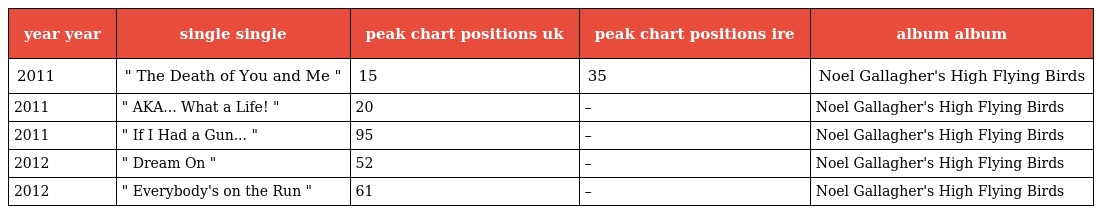
| year year | single single | peak chart positions uk | peak chart positions ire | album album |
 | --- | --- | --- | --- | --- |
 | 2011 | " The Death of You and Me " | 15 | 35 | Noel Gallagher's High Flying Birds |
 | 2011 | " AKA... What a Life! " | 20 | – | Noel Gallagher's High Flying Birds |
 | 2011 | " If I Had a Gun... " | 95 | – | Noel Gallagher's High Flying Birds |
 | 2012 | " Dream On " | 52 | – | Noel Gallagher's High Flying Birds |
 | 2012 | " Everybody's on the Run " | 61 | – | Noel Gallagher's High Flying Birds |